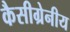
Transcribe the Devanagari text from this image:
कैसीग्रेनीय